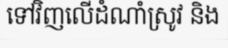
ទៅវិញលើដំណាំស្រូវ និង